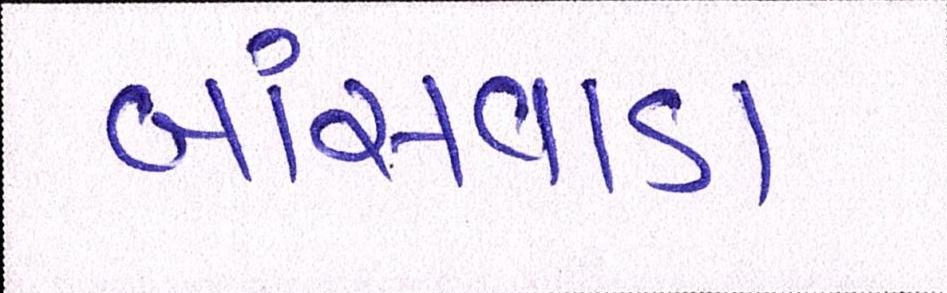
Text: બાંસવાડા